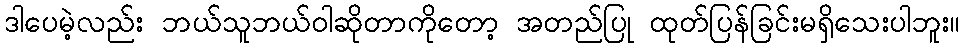
ဒါပေမဲ့လည်း ဘယ်သူဘယ်ဝါဆိုတာကိုတော့ အတည်ပြု ထုတ်ပြန်ခြင်းမရှိသေးပါဘူး။